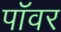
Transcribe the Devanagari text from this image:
पाॅवर